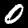
Label: 0